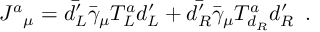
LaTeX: { J ^ { a } } _ { \mu } = \bar { d _ { L } ^ { \prime } } \bar { \gamma } _ { \mu } T _ { L } ^ { a } d _ { L } ^ { \prime } + \bar { d _ { R } ^ { \prime } } \bar { \gamma } _ { \mu } T _ { d _ { R } } ^ { a } d _ { R } ^ { \prime } \, \, \, .